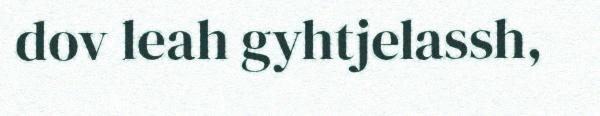
dov leah gyhtjelassh,